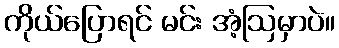
ကိုယ်ပြောရင် မင်း အံ့ဩမှာပဲ။